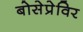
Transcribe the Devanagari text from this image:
बोसेप्रेविर